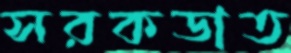
সরকডাত